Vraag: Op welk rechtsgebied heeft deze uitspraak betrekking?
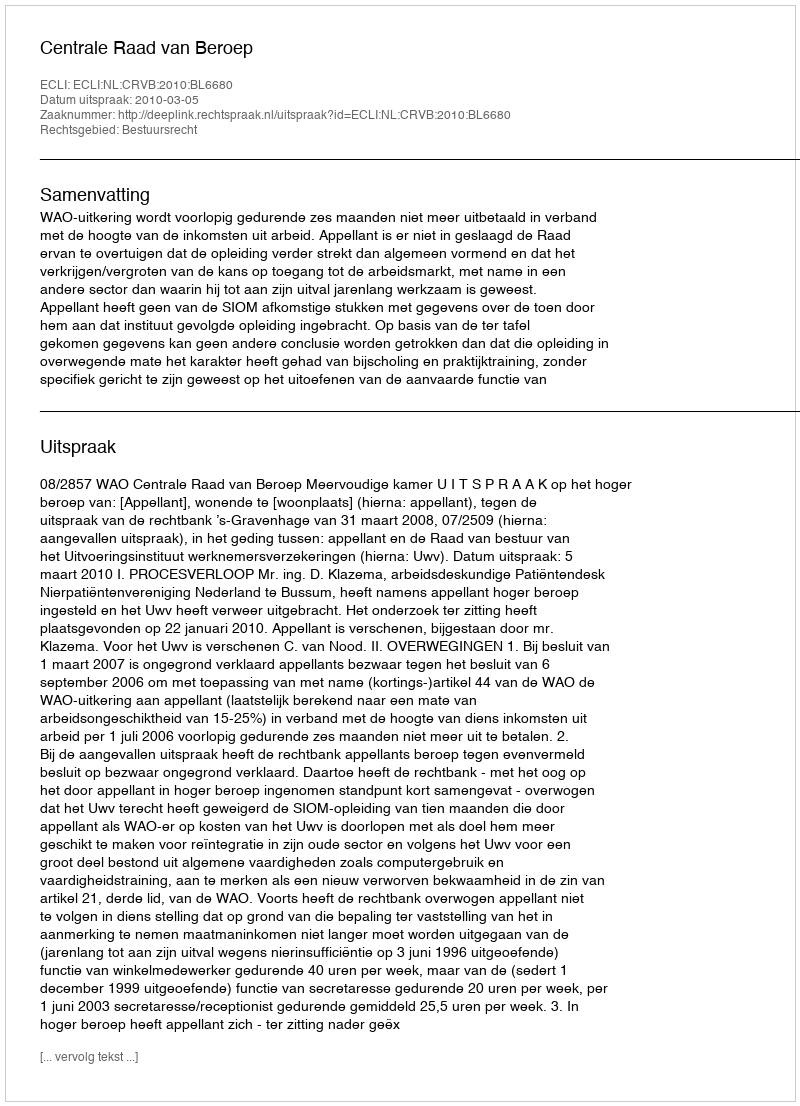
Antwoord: Bestuursrecht